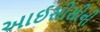
આઈસીસીની